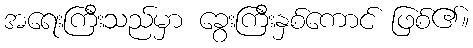
အရေးကြီးသည်မှာ ခွေးကြီးနှစ်ကောင် ဖြစ်၏။